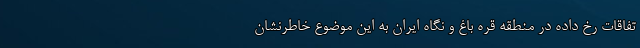
تفاقات رخ داده در منطقه قره باغ و نگاه ایران به این موضوع خاطرنشان